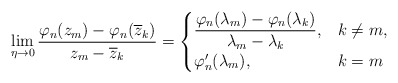
\begin{align*} \lim_{\eta\to 0}\frac{\varphi_n(z_m) - \varphi_n(\overline z_k)}{z_m-\overline z_k} = \begin{cases} \dfrac{\varphi_n(\lambda_m) - \varphi_n(\lambda_k)}{\lambda_m-\lambda_k}, & k\ne m,\\ \varphi'_n(\lambda_m), & k=m\\ \end{cases} \end{align*}